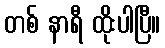
တစ် နာရီ ထိုးပါပြီ။